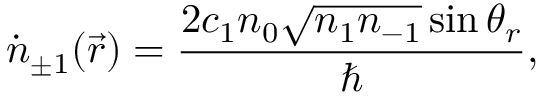
\dot { n } _ { \pm 1 } ( \vec { r } ) = \frac { 2 c _ { 1 } n _ { 0 } \sqrt { n _ { 1 } n _ { - 1 } } \sin \theta _ { r } } { \hbar } ,